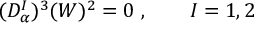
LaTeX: ( D _ { \alpha } ^ { I } ) ^ { 3 } ( W ) ^ { 2 } = 0 \; , \qquad I = 1 , 2